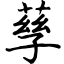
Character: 孶